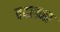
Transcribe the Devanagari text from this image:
वदलना